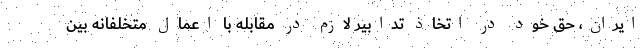
ایران، حق خود در اتخاذ تدابیر لازم در مقابله با اعمال متخلفانه بین